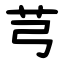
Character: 芎